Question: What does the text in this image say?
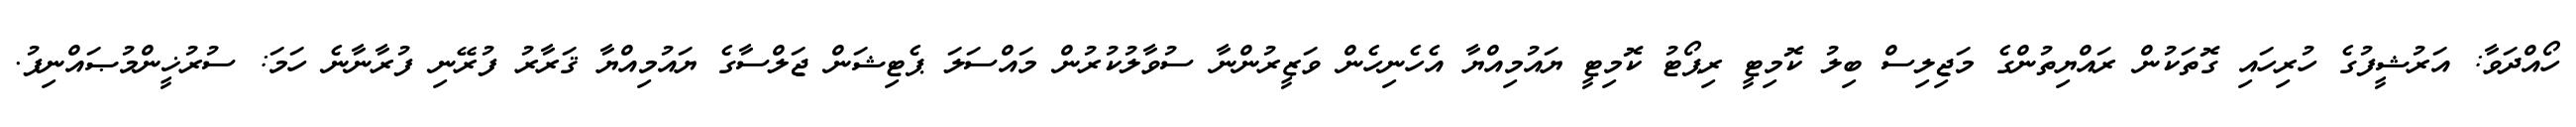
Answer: ހޯއްދަވާ: އަރުޝީފުގެ ހުރިހައި ގޮތަކުން ރައްޔިތުންގެ މަޖިލިސް ބިލު ކޮމިޓީ ރިޕޯޓު ކޮމިޓީ ޔައުމިއްޔާ އެހެނިހެން ވަޒީރުންނާ ސުވާލުކުރުން މައްސަލަ ޕެޓިޝަން ޖަލްސާގެ ޔައުމިއްޔާ ޤަރާރު ފުރޭނި ފުރާނާނެ ހަމަ: ސުރުޚީންމުޞައްނިފު.